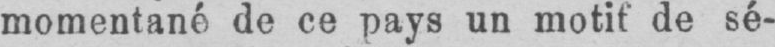
momentané de ce pays un motif de sé-